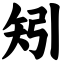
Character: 矧